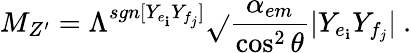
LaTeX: M_{Z^{\prime}}=\Lambda^{sgn[Y_{e_{\mathbf{i}}}Y_{f_{j}}]}\sqrt{}{{\frac{{\alpha_{em}}}{{\cos^{2}\theta}}|Y_{e_{\mathbf{i}}}Y_{f_{j}}|}}\ .